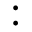
\boldsymbol { : }